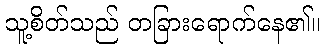
သူ့စိတ်သည် တခြားရောက်နေ၏။